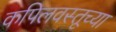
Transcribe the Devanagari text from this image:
कपिलवस्तूच्या